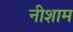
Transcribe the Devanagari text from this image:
नीशाम